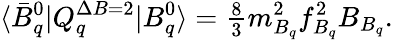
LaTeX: \langle\bar{B}_{q}^{0}|Q_{q}^{\Delta B=2}|B_{q}^{0}\rangle={\textstyle\frac{8}{3}}m_{B_{q}}^{2}f_{B_{q}}^{2}B_{B_{q}}.